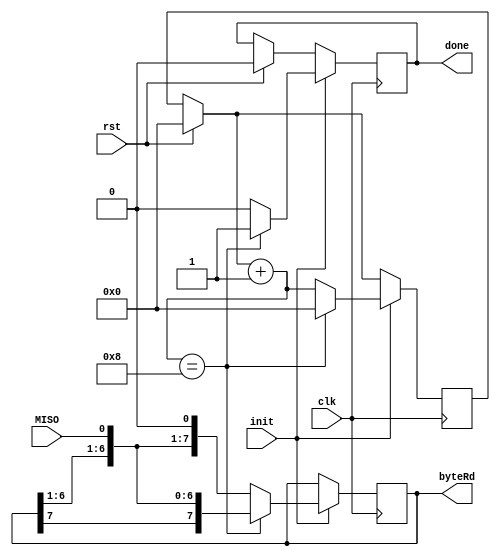
`timescale 1ns / 1ps


module byteMISO(
input clk, input init, input rst, input MISO, output reg[7:0] byteRd, output reg done = 0);


reg[3:0] contadorRd = 0;



always @(posedge clk) // siempre que haya flanco de subida

begin
	if(rst)
	begin
		contadorRd = 0;
		done = 0;
		//load = 0;
	end
	if(init == 1)
	begin
		byteRd[0] = MISO; //  Se mira el bit menos significativo del registro byteRd
		contadorRd = contadorRd + 1; //se aumenta en 1 el registro que cuenta el nmero de bits
		if(contadorRd == 8) // Ya se lleg a 1 byte?
		begin
			contadorRd = 0; //Si se lleg a un byte se reinicia el contador
			done = 1;
		end
		else
		begin
			byteRd = byteRd << 1; // Si no se lleg a un byte, se corre a la izquierda 
			contadorRd = contadorRd;
			done = 0;
		end
	end
end

endmodule